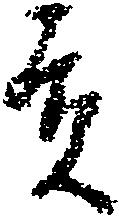
貢